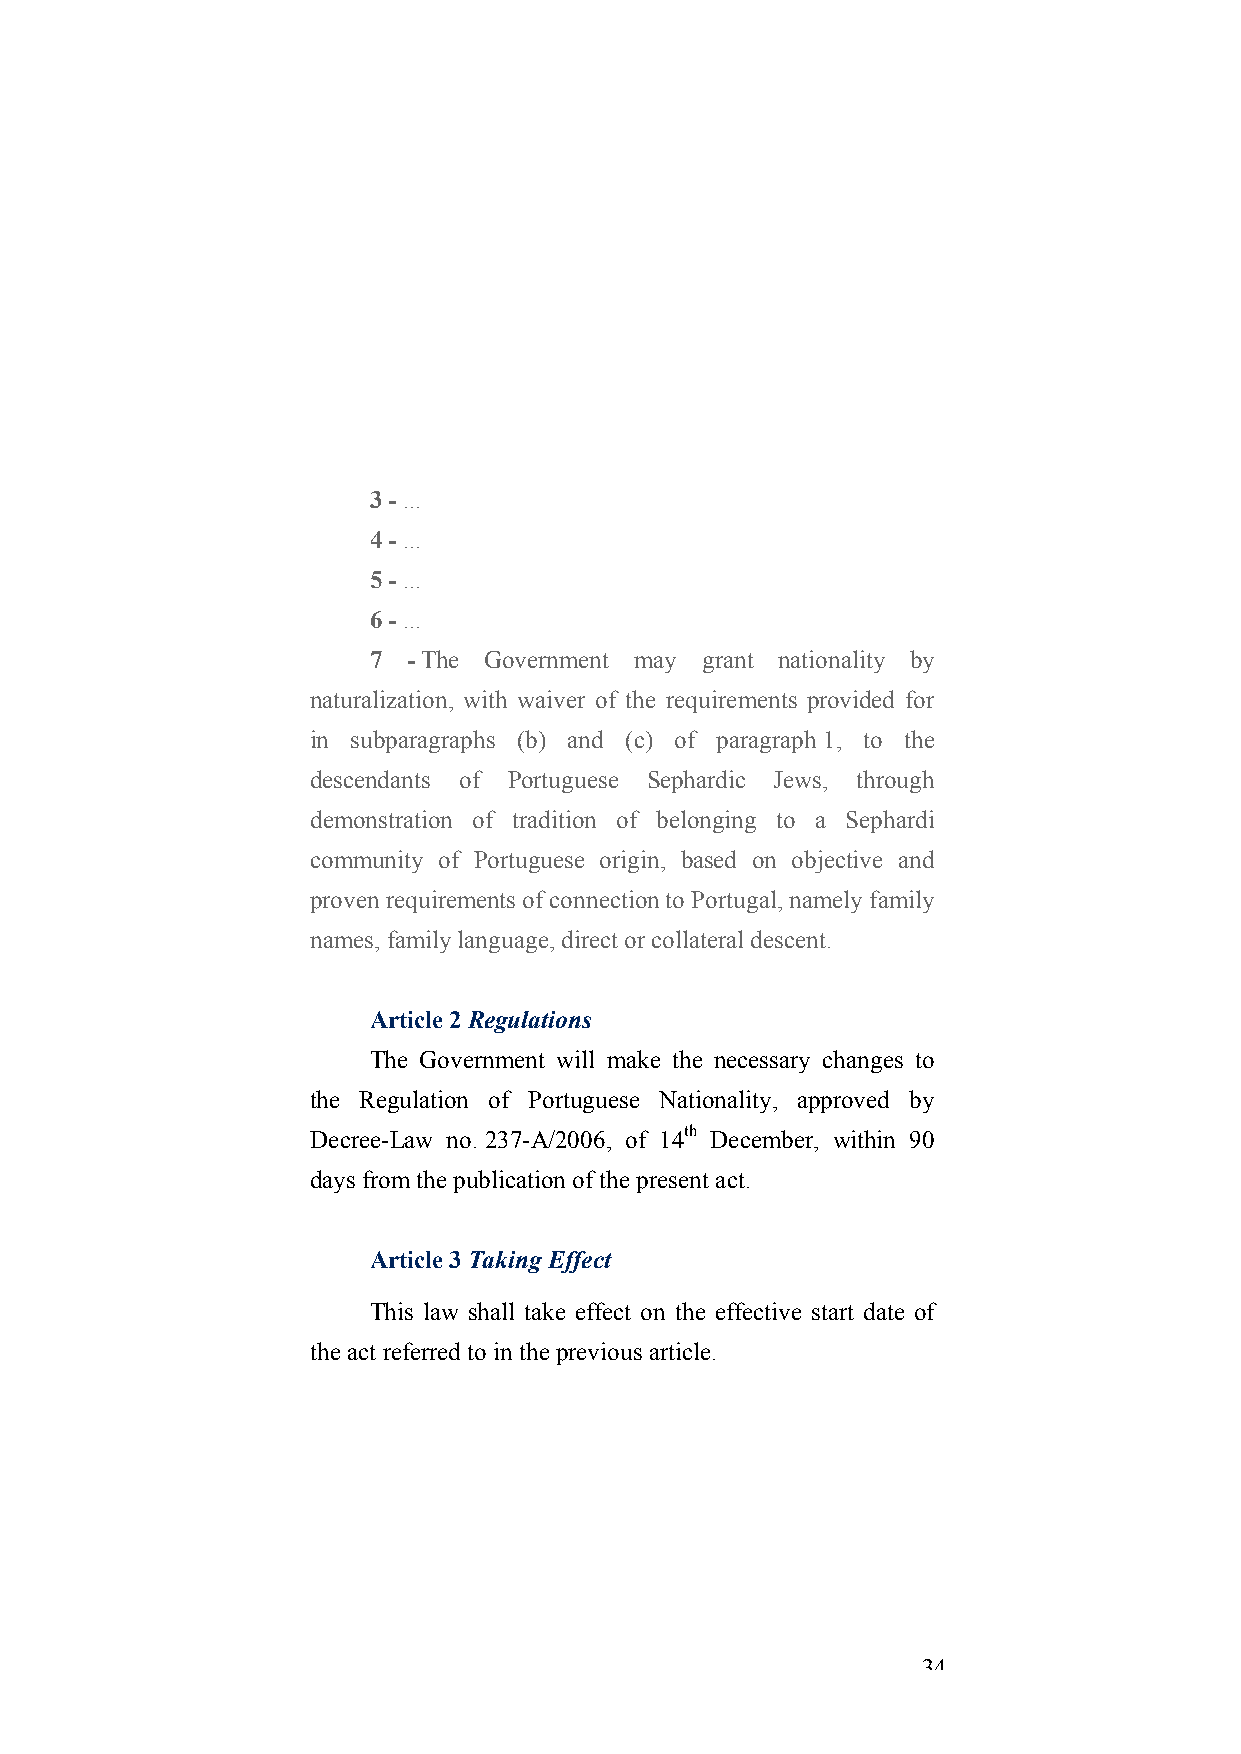
3 - ...
 4 - ...
 5 - ...
 6 - ...
 7  - The Government may grant nationality by
 naturalization, with waiver of the requirements provided for
 in subparagraphs (b) and (c) of paragraph 1, to the
 descendants of Portuguese Sephardic Jews, through
 demonstration of tradition of belonging to a Sephardi
 community of Portuguese origin, based on objective and
 proven requirements of connection to Portugal, namely family
 names, family language, direct or collateral descent.
 Article 2 Regulations
 The Government will make the necessary changes to
 the Regulation of Portuguese Nationality, approved by
 Decree-Law no. 237-A/2006, of 14th December, within 90
 days from the publication of the present act.
 Article 3 Taking Effect
 This law shall take effect on the effective start date of
 the act referred to in the previous article.
 34